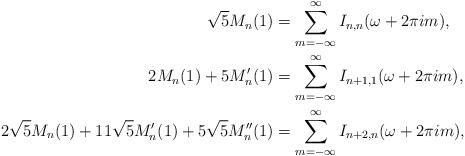
LaTeX: \begin{align*} \sqrt{5} M_n (1) & = \sum_{m=-\infty}^\infty I_{n,n} (\omega + 2\pi im), \\ 2 M_n (1) + 5 M_n' (1) & = \sum_{m=-\infty}^\infty I_{n+1,1} (\omega + 2\pi im), \\ 2\sqrt{5} M_n (1) + 11\sqrt{5} M_n' (1) + 5\sqrt{5} M_n'' (1) & = \sum_{m=-\infty}^\infty I_{n+2,n} (\omega + 2\pi im),\end{align*}